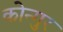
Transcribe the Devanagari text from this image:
कोन्गुर